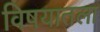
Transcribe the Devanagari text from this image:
विषयातला